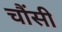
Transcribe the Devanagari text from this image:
चौंसी